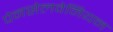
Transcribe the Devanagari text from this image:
पेनसेलवेनियन